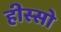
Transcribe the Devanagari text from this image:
हीस्सो